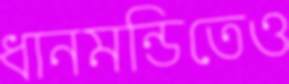
ধানমন্ডিতেও